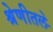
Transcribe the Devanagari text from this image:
श्रेणीतले